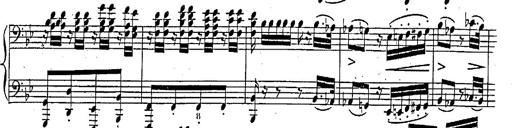
Title: Marche et Cavatine de Lucie de Lammermoor, S.398
Composer: Franz Liszt